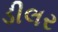
ડીલર